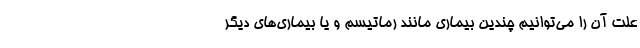
علت آن را می‌توانیم چندین بیماری مانند رماتیسم و یا بیماری‌های دیگر